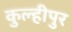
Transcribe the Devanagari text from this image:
कुल्हीपुर